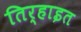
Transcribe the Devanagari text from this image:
तिर्‍हाइत